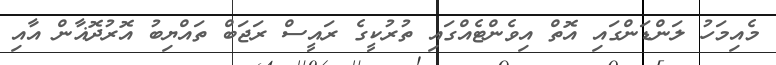
މެއިމަހު ލަންޑަންގައި އޮތް އިވެންޓެއްގައި ތުރުކީގެ ރައީސް ރަޖަބް ތައްޔިބު އޮރުދޮޣާން އާއި